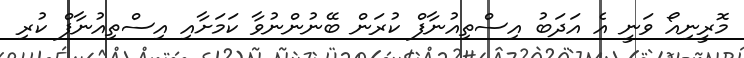
މޮރީނިއޯ ވަނީ އެ އަދަބު އިސްތިއުނާފް ކުރަން ބޭނުންނުވާ ކަމަށާއި އިސްތިއުނާފް ކުރި